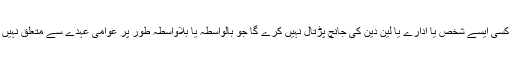
نیب کسی ایسے شخص یا ادارے یا لین دین کی جانچ پڑتال نہیں کرے گا جو بالواسطہ یا بلاواسطہ طور پر عوامی عہدے سے متعلق نہیں ہے۔